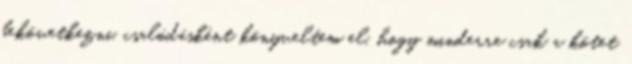
bekövetkezni, csalódásként könyveltem el, hogy minderre csak a kötet